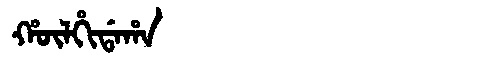
Manchu: ᡥᡡᠯᡥᡳᡩᠠᡥᠠ
Romanization: HŪLHIDAHA